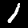
Digit: 1